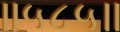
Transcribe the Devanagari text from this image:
॥५८५॥